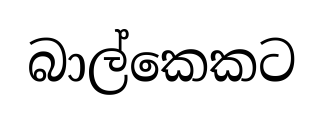
බාල්කෙකට